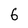
Character: 6